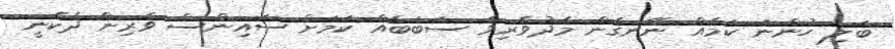
ބަލި ހުންނަ ކަމެއް ނޭނގެން މެދުވެރިވާ ސަބަބެއް ކަމަށް ސައިންސް ވެރިން ދެކެނީ